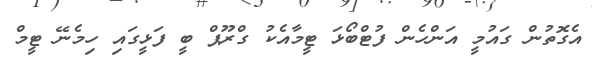
އެގޮތުން ގައުމީ އަންހެން ފުޓްބޯޅަ ޓީމާއެކު ގްރޫޕް ބީ ފަޅީގައި ހިމެނޭ ޓީމް